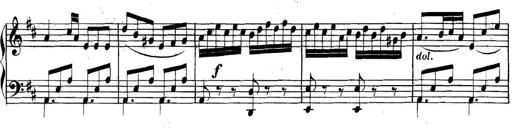
Title: Collected Piano Sonatas
Composer: Muzio Clementi